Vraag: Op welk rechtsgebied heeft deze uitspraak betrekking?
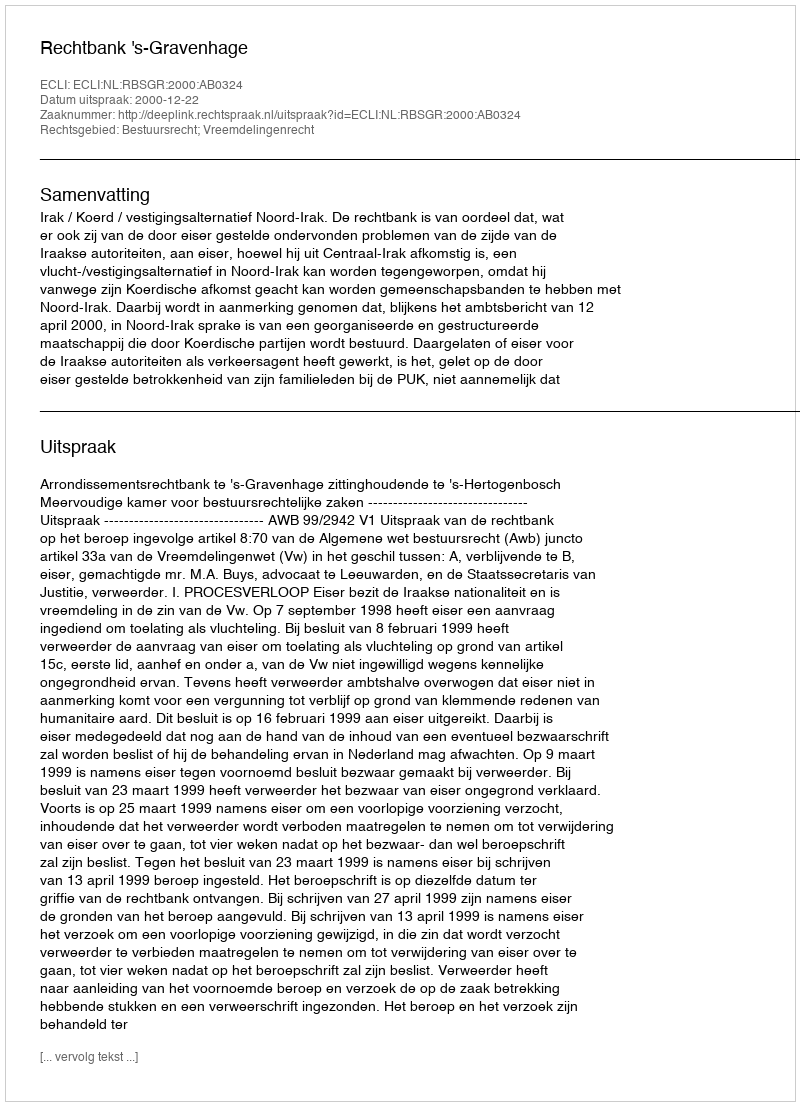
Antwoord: Bestuursrecht; Vreemdelingenrecht